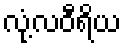
လုံ့လဝီရိယ